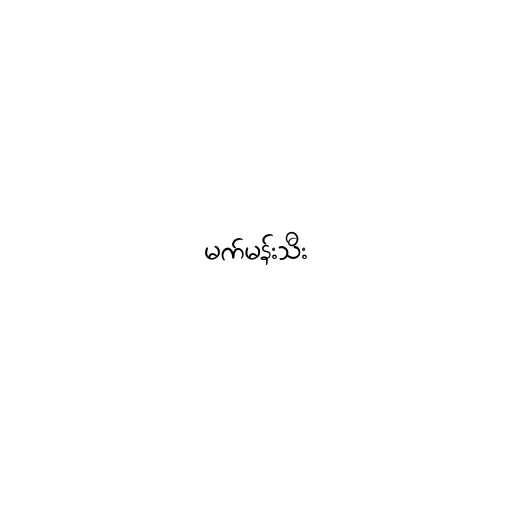
မက်မန်းသီး